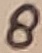
Text: 8